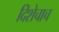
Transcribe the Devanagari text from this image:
दिशेचाच